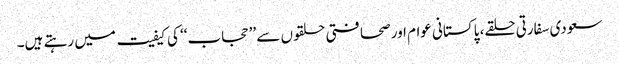
سعودی سفارتی حلقے، پاکستانی عوام اور صحافتی حلقوں سے ’’حجاب‘‘ کی کیفیت میں رہتے ہیں۔